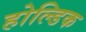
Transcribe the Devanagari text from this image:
होल्डिक